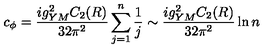
c _ { \phi } = { \frac { i g _ { Y M } ^ { 2 } C _ { 2 } ( R ) } { 3 2 \pi ^ { 2 } } } \sum _ { j = 1 } ^ { n } { \frac { 1 } { j } } \sim { \frac { i g _ { Y M } ^ { 2 } C _ { 2 } ( R ) } { 3 2 \pi ^ { 2 } } } \ln n